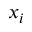
x _ { i }